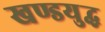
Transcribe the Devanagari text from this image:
खण्डयुद्ध